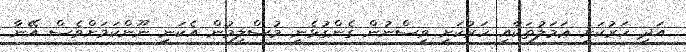
އަދި ހަރުކަށި ޢަމަލުތަކާއި ހަރުކަށި ވިސްނުން ގެންގުޅެނީ މުސްލިމުން އެކަނި ނޫންކަމަށްވެސް އޭނާ